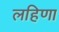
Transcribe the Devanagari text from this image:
लहिणा